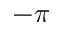
- \pi